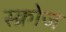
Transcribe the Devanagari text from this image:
स्क्रोज